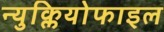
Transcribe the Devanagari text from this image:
न्युक्लियोफाइल